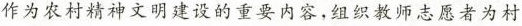
作为农村精神文明建设的重要内容，组织教师志愿者为村